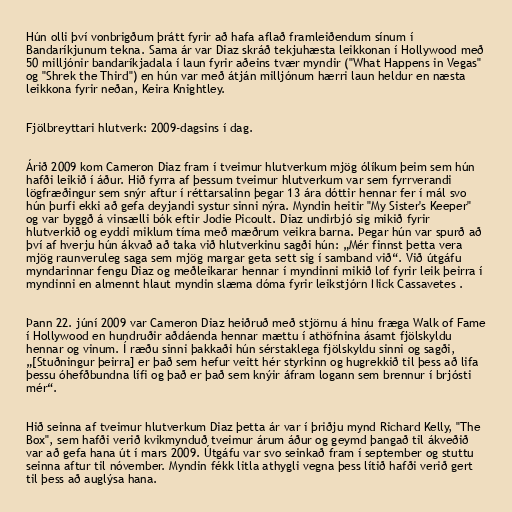
Hún olli því vonbrigðum þrátt fyrir að hafa aflað framleiðendum sínum í
Bandaríkjunum tekna. Sama ár var Diaz skráð tekjuhæsta leikkonan í Hollywood með
50 milljónir bandaríkjadala í laun fyrir aðeins tvær myndir ("What Happens in Vegas"
og "Shrek the Third") en hún var með átján milljónum hærri laun heldur en næsta
leikkona fyrir neðan, Keira Knightley.

Fjölbreyttari hlutverk: 2009-dagsins í dag.

Árið 2009 kom Cameron Diaz fram í tveimur hlutverkum mjög ólíkum þeim sem hún
hafði leikið í áður. Hið fyrra af þessum tveimur hlutverkum var sem fyrrverandi
lögfræðingur sem snýr aftur í réttarsalinn þegar 13 ára dóttir hennar fer í mál svo
hún þurfi ekki að gefa deyjandi systur sinni nýra. Myndin heitir "My Sister's Keeper"
og var byggð á vinsælli bók eftir Jodie Picoult. Diaz undirbjó sig mikið fyrir
hlutverkið og eyddi miklum tíma með mæðrum veikra barna. Þegar hún var spurð að
því af hverju hún ákvað að taka við hlutverkinu sagði hún: „Mér finnst þetta vera
mjög raunveruleg saga sem mjög margar geta sett sig í samband við“. Við útgáfu
myndarinnar fengu Diaz og meðleikarar hennar í myndinni mikið lof fyrir leik þeirra í
myndinni en almennt hlaut myndin slæma dóma fyrir leikstjórn Nick Cassavetes .

Þann 22. júní 2009 var Cameron Diaz heiðruð með stjörnu á hinu fræga Walk of Fame
í Hollywood en hundruðir aðdáenda hennar mættu í athöfnina ásamt fjölskyldu
hennar og vinum. Í ræðu sinni þakkaði hún sérstaklega fjölskyldu sinni og sagði,
„[Stuðningur þeirra] er það sem hefur veitt hér styrkinn og hugrekkið til þess að lifa
þessu óhefðbundna lífi og það er það sem knýir áfram logann sem brennur í brjósti
mér“.

Hið seinna af tveimur hlutverkum Diaz þetta ár var í þriðju mynd Richard Kelly, "The
Box", sem hafði verið kvikmynduð tveimur árum áður og geymd þangað til ákveðið
var að gefa hana út í mars 2009. Útgáfu var svo seinkað fram í september og stuttu
seinna aftur til nóvember. Myndin fékk litla athygli vegna þess lítið hafði verið gert
til þess að auglýsa hana.